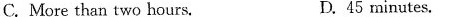
C. More than two hours. D.45 minutes.